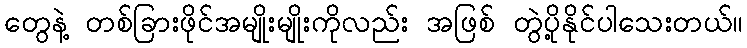
တွေနဲ့ တစ်ခြားဖိုင်အမျိုးမျိုးကိုလည်း အဖြစ် တွဲပို့နိုင်ပါသေးတယ်။